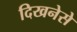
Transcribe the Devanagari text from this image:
दिखनेसे